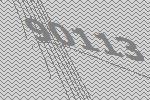
90113